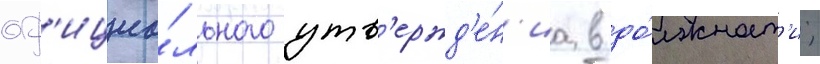
оф'ициа́льного утв'ержд'е́н'иа в до́лжност'и;